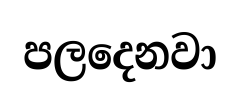
පලදෙනවා